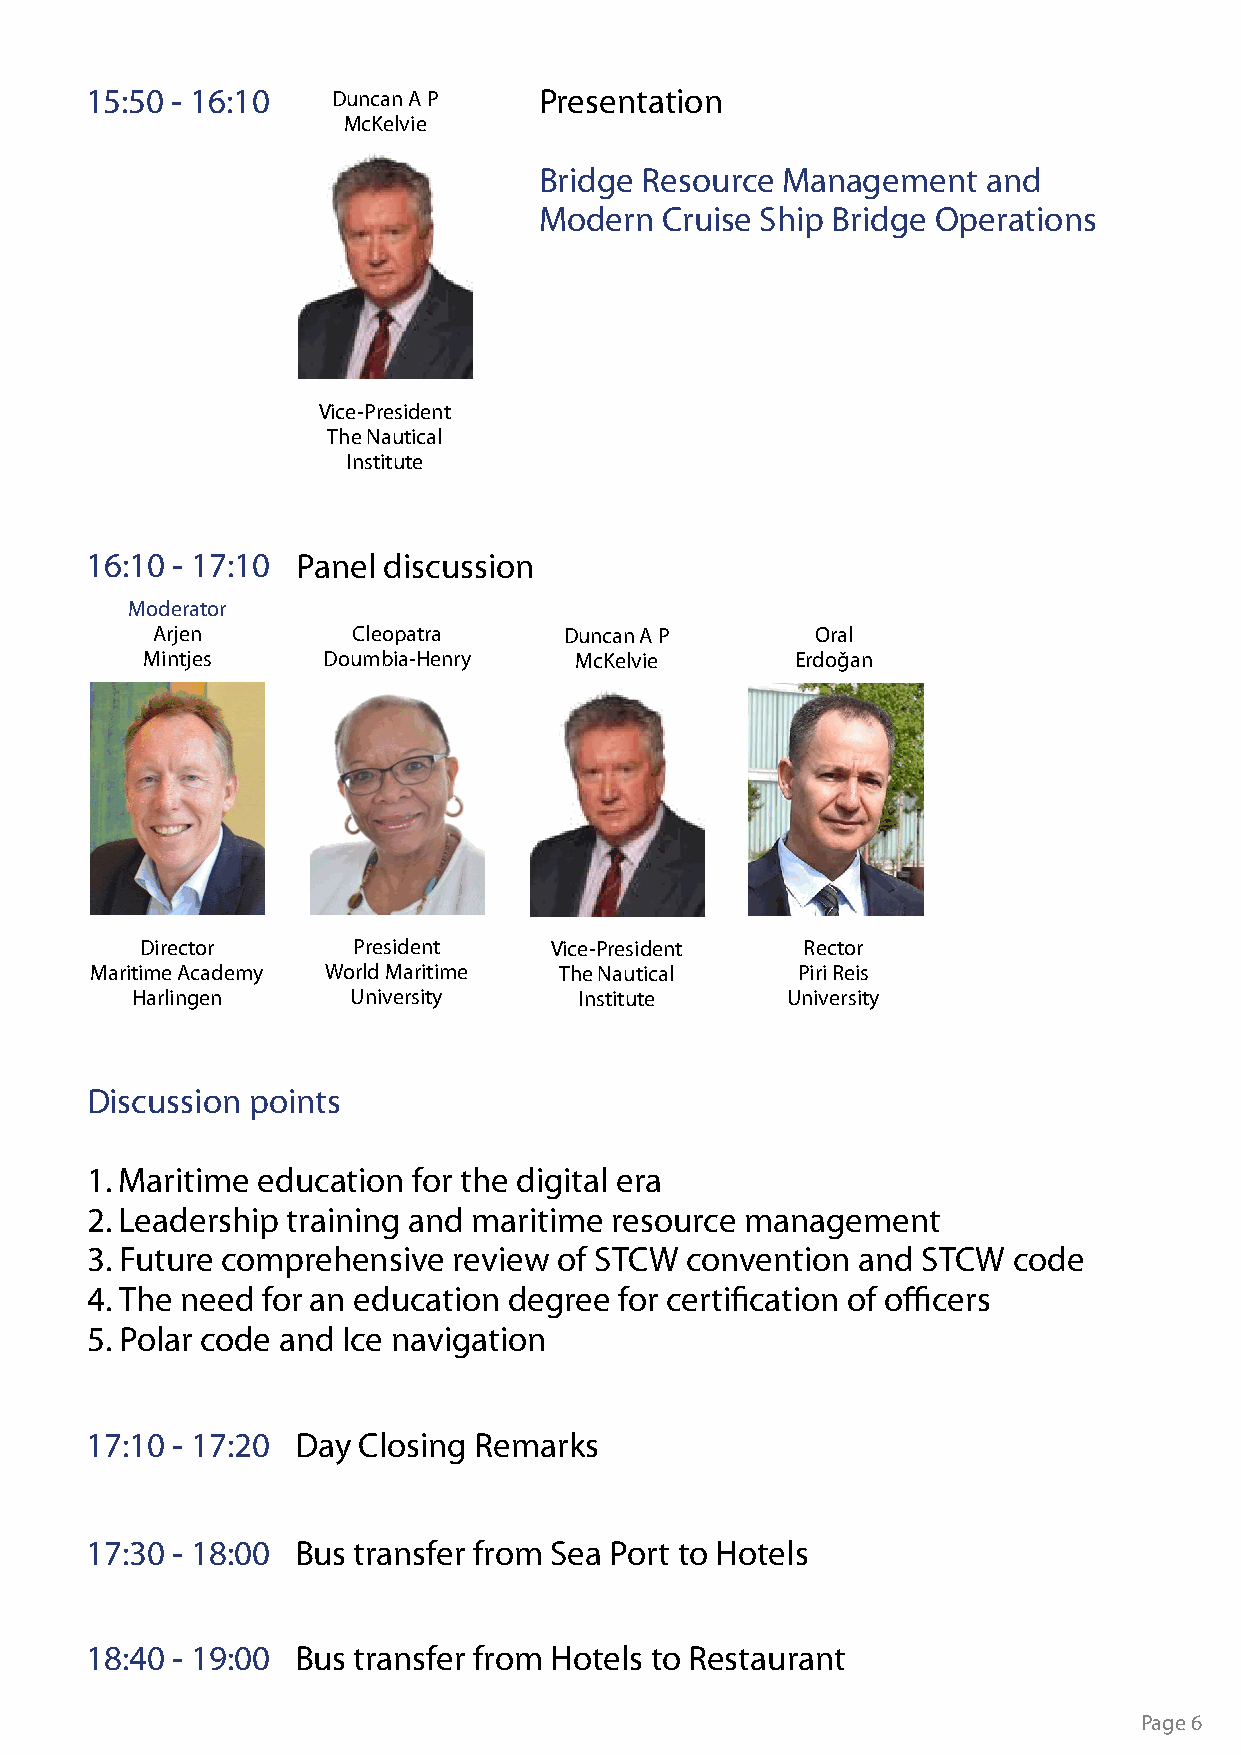
15:50 - 16:10   Duncan A P    Presentation
 McKelvie
 Bridge Resource Management   and
 Modern  Cruise Ship Bridge Operations
 Vice-President
 The Nautical
 Institute
 16:10 - 17:10 Panel discussion
 Moderator
 Arjen        Cleopatra     Duncan A P       Oral
 Mintjes     Doumbia-Henry    McKelvie       Erdoğan
 Director      President    Vice-President   Rector
 Maritime Academy World Maritime The Nautical   Piri Reis
 Harlingen     University     Institute     University
 Discussion points
 1. Maritime education for the digital era
 2. Leadership training and maritime resource management
 3. Future comprehensive review of STCW convention  and STCW  code
 4. The need for an education degree for certification of officers
 5. Polar code and Ice navigation
 17:10 - 17:20 Day Closing Remarks
 17:30 - 18:00 Bus transfer from Sea Port to Hotels
 18:40 - 19:00 Bus transfer from Hotels to Restaurant
 Page 6